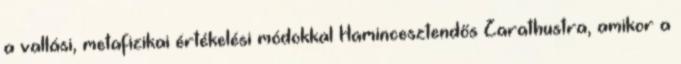
a vallási, metafizikai értékelési módokkal Hamincesztendős Zarathustra, amikor a